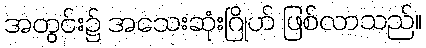
အတွင်း၌ အသေးဆုံးဂြိုဟ် ဖြစ်လာသည်။